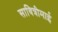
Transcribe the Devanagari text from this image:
सावित्रीमाई